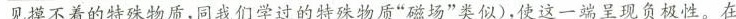
见摸不着的特殊物质，同我们学过的特殊物质”磁场”类似)，使这一端呈现负极性。在